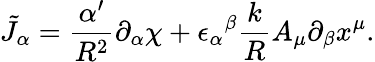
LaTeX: \tilde{J}_{\alpha}=\frac{\alpha^{\prime}}{R^{2}}\partial_{\alpha}\chi+{\epsilon_{\alpha}}^{\beta}\frac{k}{R}A_{\mu}\partial_{\beta}x^{\mu}.